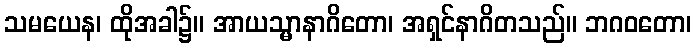
သမယေန၊ ထိုအခါ၌။ အာယသ္မာနာဂိတော၊ အရှင်နာဂိတသည်။ ဘဂဝတော၊